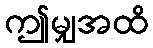
ဤမျှအထိ